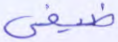
ضيفي